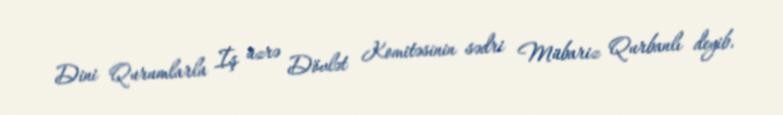
Dini Qurumlarla İş üzrə Dövlət Komitəsinin sədri Mübariz Qurbanlı deyib.